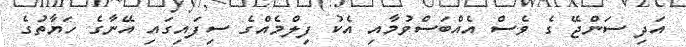
އަދި ސަންޖޭ ގެ ވެސް އެއްބަސްވުމާއި އެކު ފިލްމެއްގެ ސިފައިގައި އޭނާގެ ހަޔާތުގެ